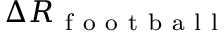
\Delta R _ { \mathrm { ~ f ~ o ~ o ~ t ~ b ~ a ~ l ~ l ~ } }